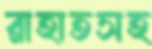
রাহাতসহ